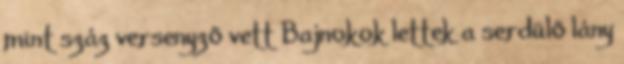
mint száz versenyző vett Bajnokok lettek a serdülő lány